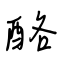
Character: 酪